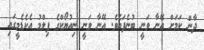
ދާން ކަމަށް އޭނާ ވަނީ ބުނެފައެވެ. އޭނާ ވަނީ ނިއުޔޯކްގެ ފިލްމު އެކެޑެމީގައި